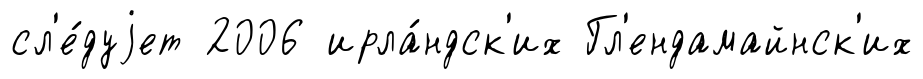
сл'е́дуjет 2006 ирла́ндск'их Гл'ендамайнск'их